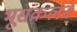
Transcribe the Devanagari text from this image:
भूसंकलन